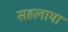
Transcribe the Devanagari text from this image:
सहलाया